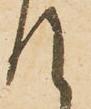
て